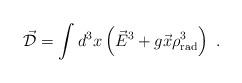
LaTeX: \begin{align*}\vec{\cal D} = \int d^3 x \left( \vec{E}^3 + g \vec{x}\rho^3_{\rm rad} \right) \ .\end{align*}